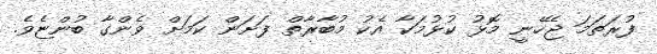
ފުރަތަމަ ޖެހޭނީ މޮޅު ކުޅުމަކާ އެކު މުބާރާތް ފަށަން ކަމަށް ވެންގާ ބުންޏެވެ.